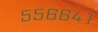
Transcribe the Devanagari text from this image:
५५६६४१